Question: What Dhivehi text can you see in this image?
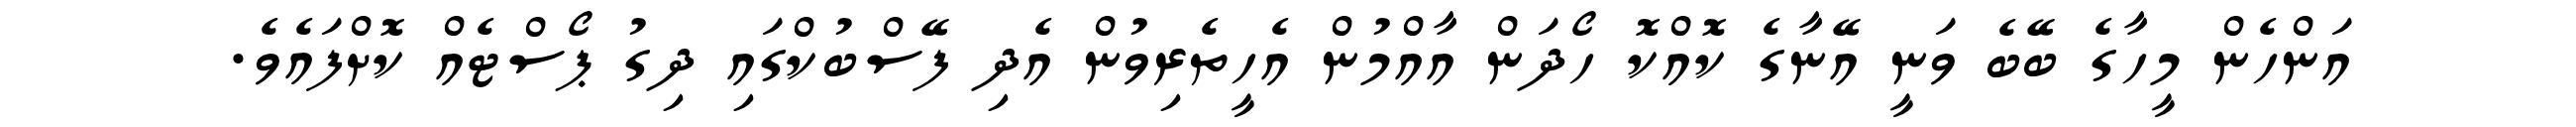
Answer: އަންހެން މީހާގެ ބޭބެ ވަނީ އޭނާގެ ކޮއްކޮ ހޯދަން އާއްމުން އެހީތެރިވުން އެދި ފޭސްބުކްގައި ދިގު ޕޯސްޓެއް ކޮށްފައެވެ.